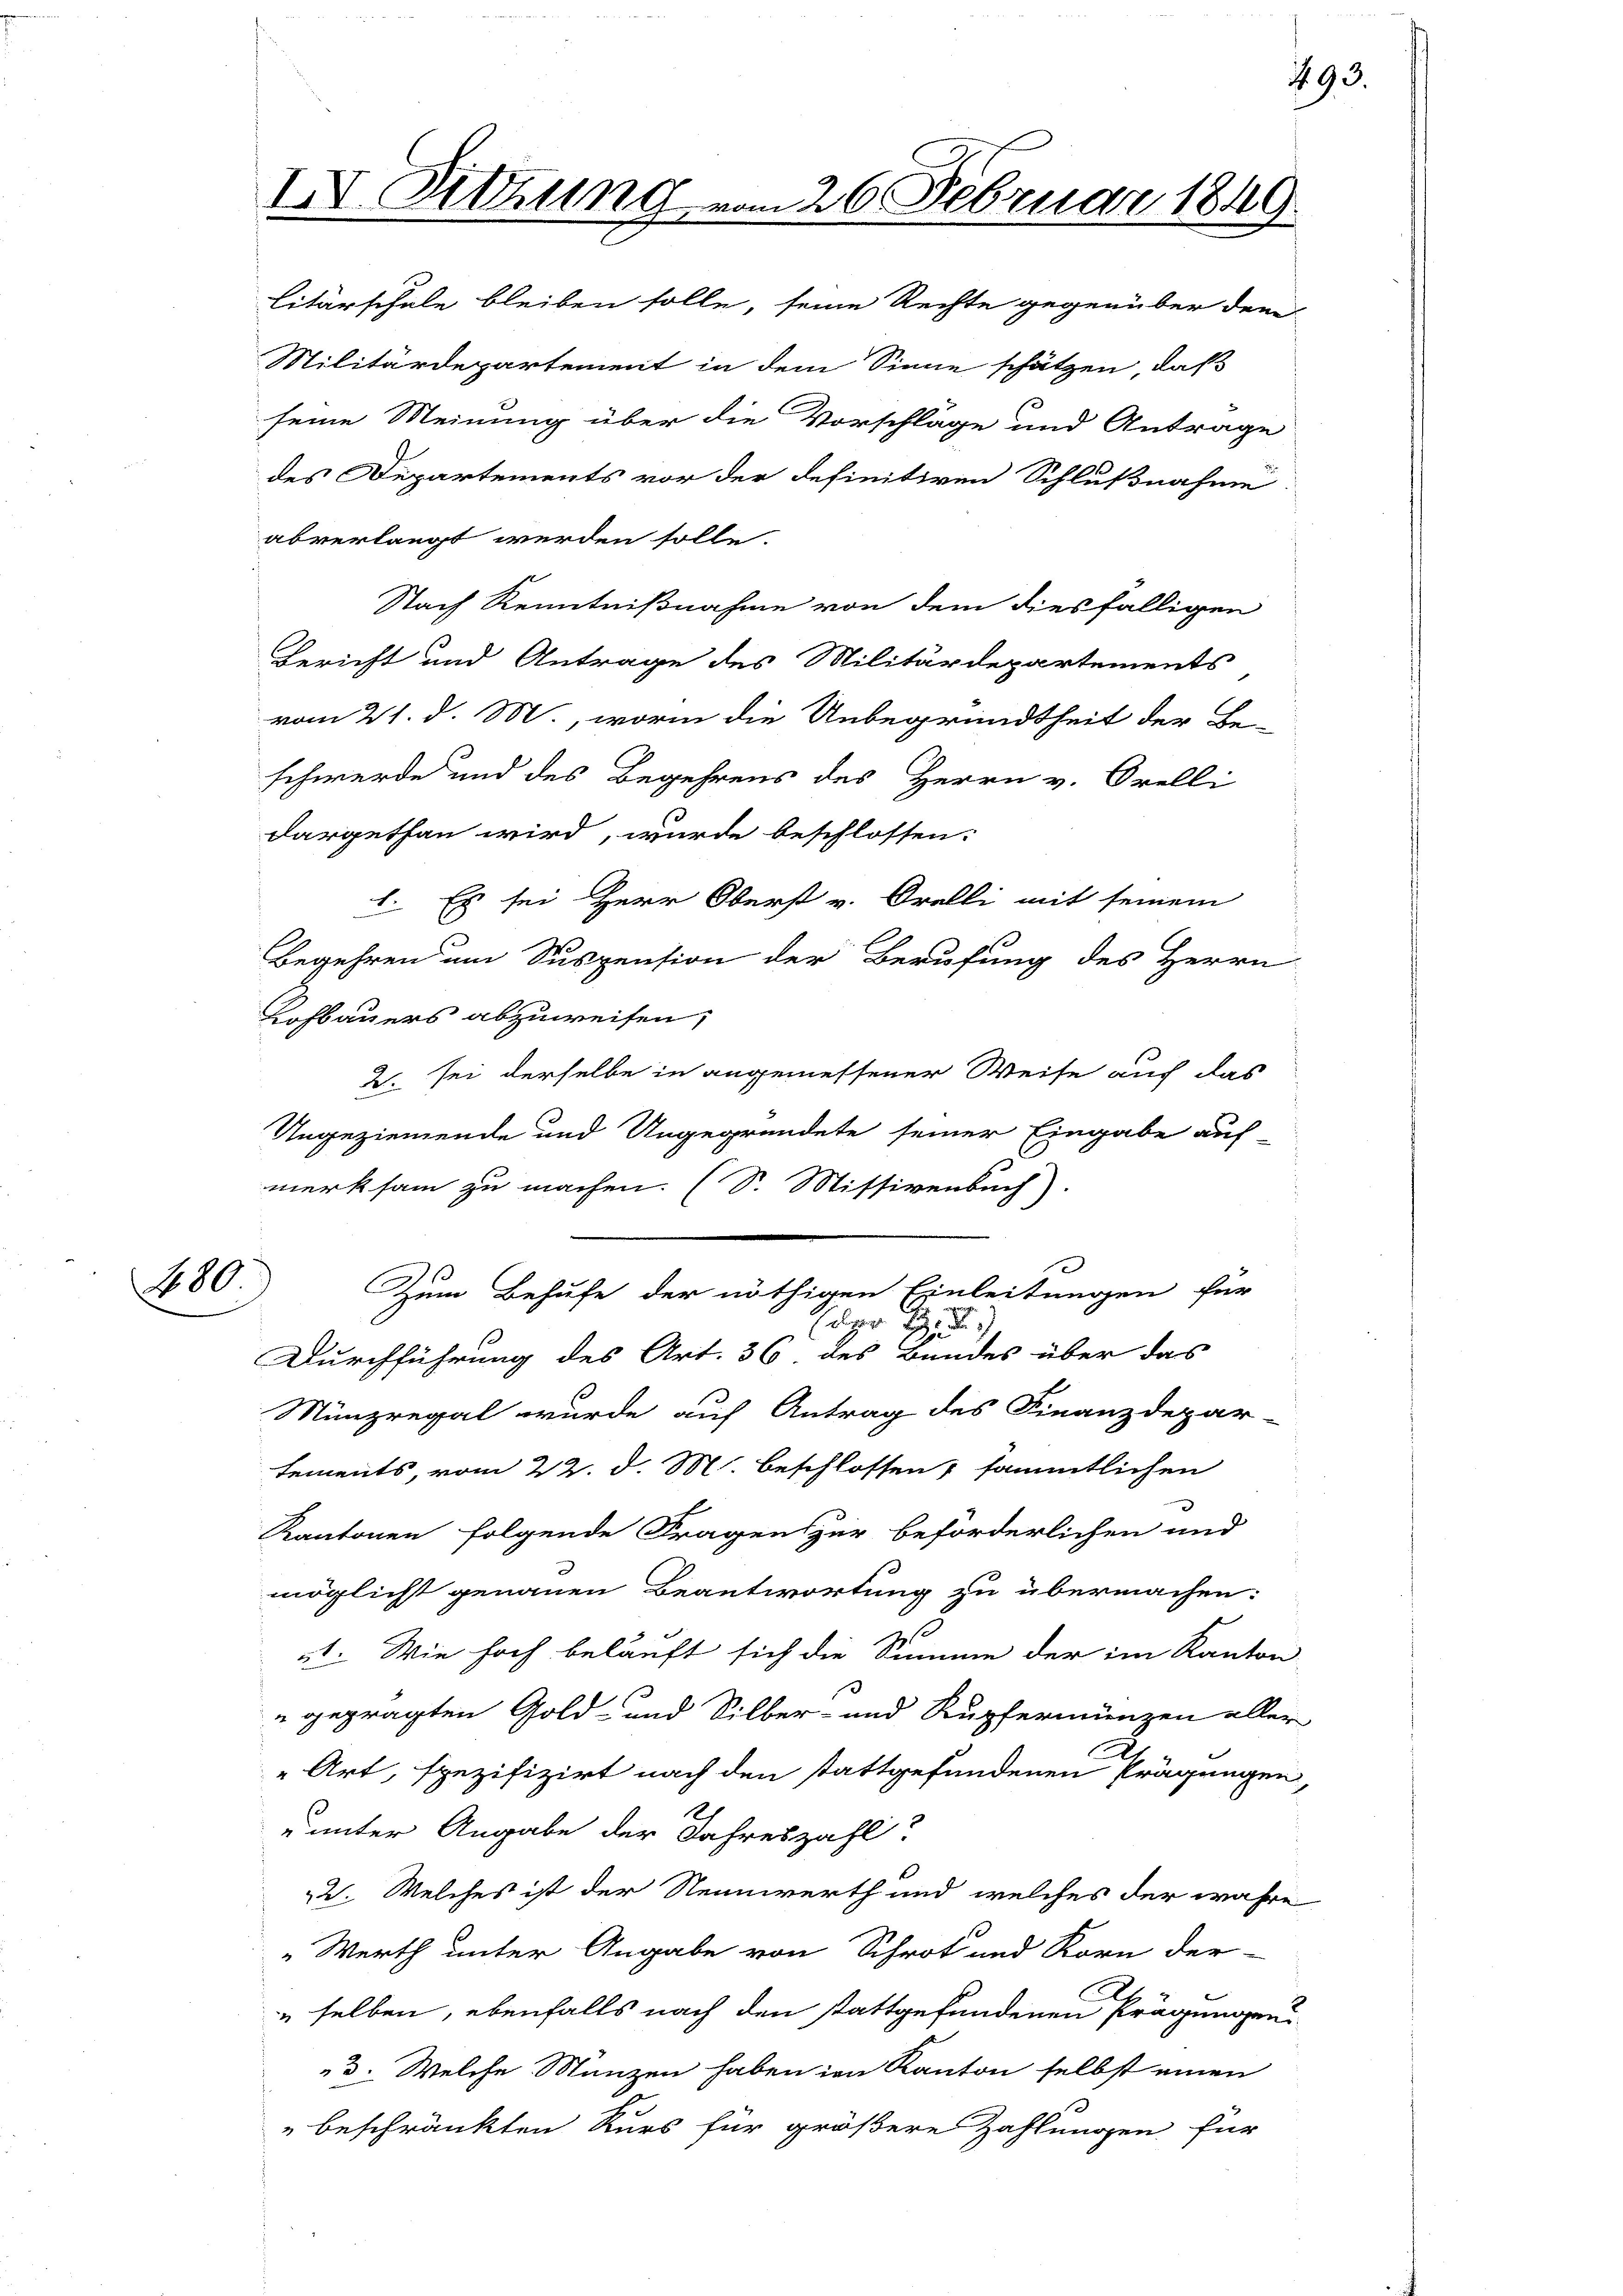
200.

litärschale bleiben solle, seine Rechte gegenüber den
Militärdepartement in dem Sinne schätzen, daß
abverlangt werden solle.
Nach Kenntnißnahme von dem diesfälligen
Bericht und Antrage des Militärdepartements
vom 21. d. M., worin die Unbegründtheit der Be-
schwerde und des Begehrens des Herrn v. Orelli
dargethan wird, wurde beschlossen:
1. Es sei Herr Oberst v. Orelli mit seinem
Begehren um Suspension der Berufung des Herrn
Kohbauers abzuweisen;
2. sei derselbe in angemessener Weise auch das
Ungeziemende und Ungegründete seiner Eingabe auf-
merksam zu machen. (S. Missivenbach).
Zum Behufe der nöthigen Einleitungen für
der
Durchführung des Art. 36. des Bundes über das
Münzregal wurde auf Antrag des Finanzdepar-
sements, vom 22. d. M. beschlossen, sämmtlichen
Kantonen folgende Fragen zur beförderlichen und
möglicht genauen Beantwortung zu übermachen:
.
ut. Wie hoch beläuft sich die Summe der im Kanton
 geprägten Gold- und Silber- und Rupfermünzen aller
„Art, spezifizirt nach den stattgefundenen Prägungen
1
uunter Angabe der Jahreszahl
22. Welches ist der Nennwerth und welches der wahre
Werth unter Angabe von Schrot und Korn der-
„selben, ebenfalls nach den stattgefundenen Prägungen
3. Welche Münzen haben im Kanton selbst einen
" beschränkten Kurs für größere Zahlungen für

IV. Sitzung vom 26. Februar 1849.

seine Meinung über die Vorschläge und Antrage
des Departements vor der definitiven Schlußnahme

493.